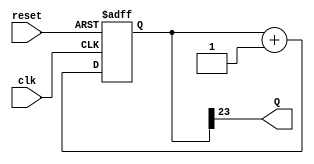
`timescale 1ns / 1ps
//////////////////////////////////////////////////////////////////////////////////
// Company: 
// Engineer: 
// 
// Design Name: 
// Module Name: prescaler10
// Project Name: 
// Target Devices: 
// Tool Versions: 
// Description: 
// 
// Dependencies: 
// 
// Revision:
// Revision 0.01 - File Created
// Additional Comments:
// 
//////////////////////////////////////////////////////////////////////////////////


module prescaler10(
    input clk,
    input reset,
    output Q
    );
    
    reg[23:0] cnt = 0;
    
    always @(posedge clk, negedge reset) begin
    if(!reset)
        cnt = 0;
    else
        cnt = cnt + 1;
    end
    
    assign Q = cnt[23];
    
endmodule